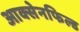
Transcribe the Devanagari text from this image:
आक्सेनफिल्ड